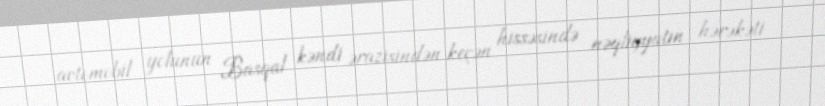
avtomobil yolunun Basqal kəndi ərazisindən keçən hissəsində nəqliyyatın hərəkəti